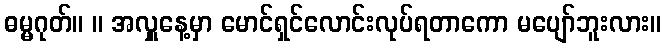
ဓမ္မဂုတ်။ ။ အလှူနေ့မှာ မောင်ရှင်လောင်းလုပ်ရတာကော မပျော်ဘူးလား။